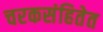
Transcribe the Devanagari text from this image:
चरकसंहितेत